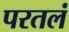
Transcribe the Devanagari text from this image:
परतलं